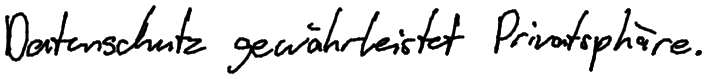
Datenschutz gewährleistet Privatsphäre.